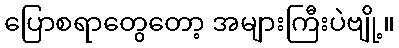
ပြောစရာတွေတော့ အများကြီးပဲဗျို့။